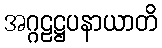
အဂ္ဂဠဋ္ဌပနာယာတိ